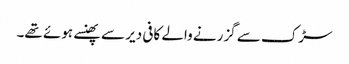
سڑک سے گزرنے والے کافی دیر سے پھنسے ہوئے تھے۔